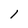
Character: l